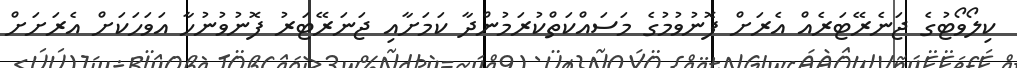
ކިލޯވޯޓުގެ ޖަނެރޭޓަރެއް އެރަށް ފޮނުވުމުގެ މަސައްކަތްކުރަމުންދާ ކަމަށާއި ޖަނަރޭޓަރު ފޮނުވުނުހާ އަވަހަކަށް އެރަށަށް